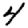
Digit: 4